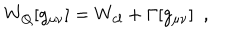
W _ { Q } [ g _ { \mu \nu } ] = W _ { c l } + \Gamma [ g _ { \mu \nu } ] ~ ~ ,